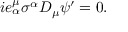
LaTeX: i e _ { \alpha } ^ { \mu } \sigma ^ { \alpha } D _ { \mu } \psi ^ { \prime } = 0 .